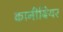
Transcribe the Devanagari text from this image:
कानीबियर